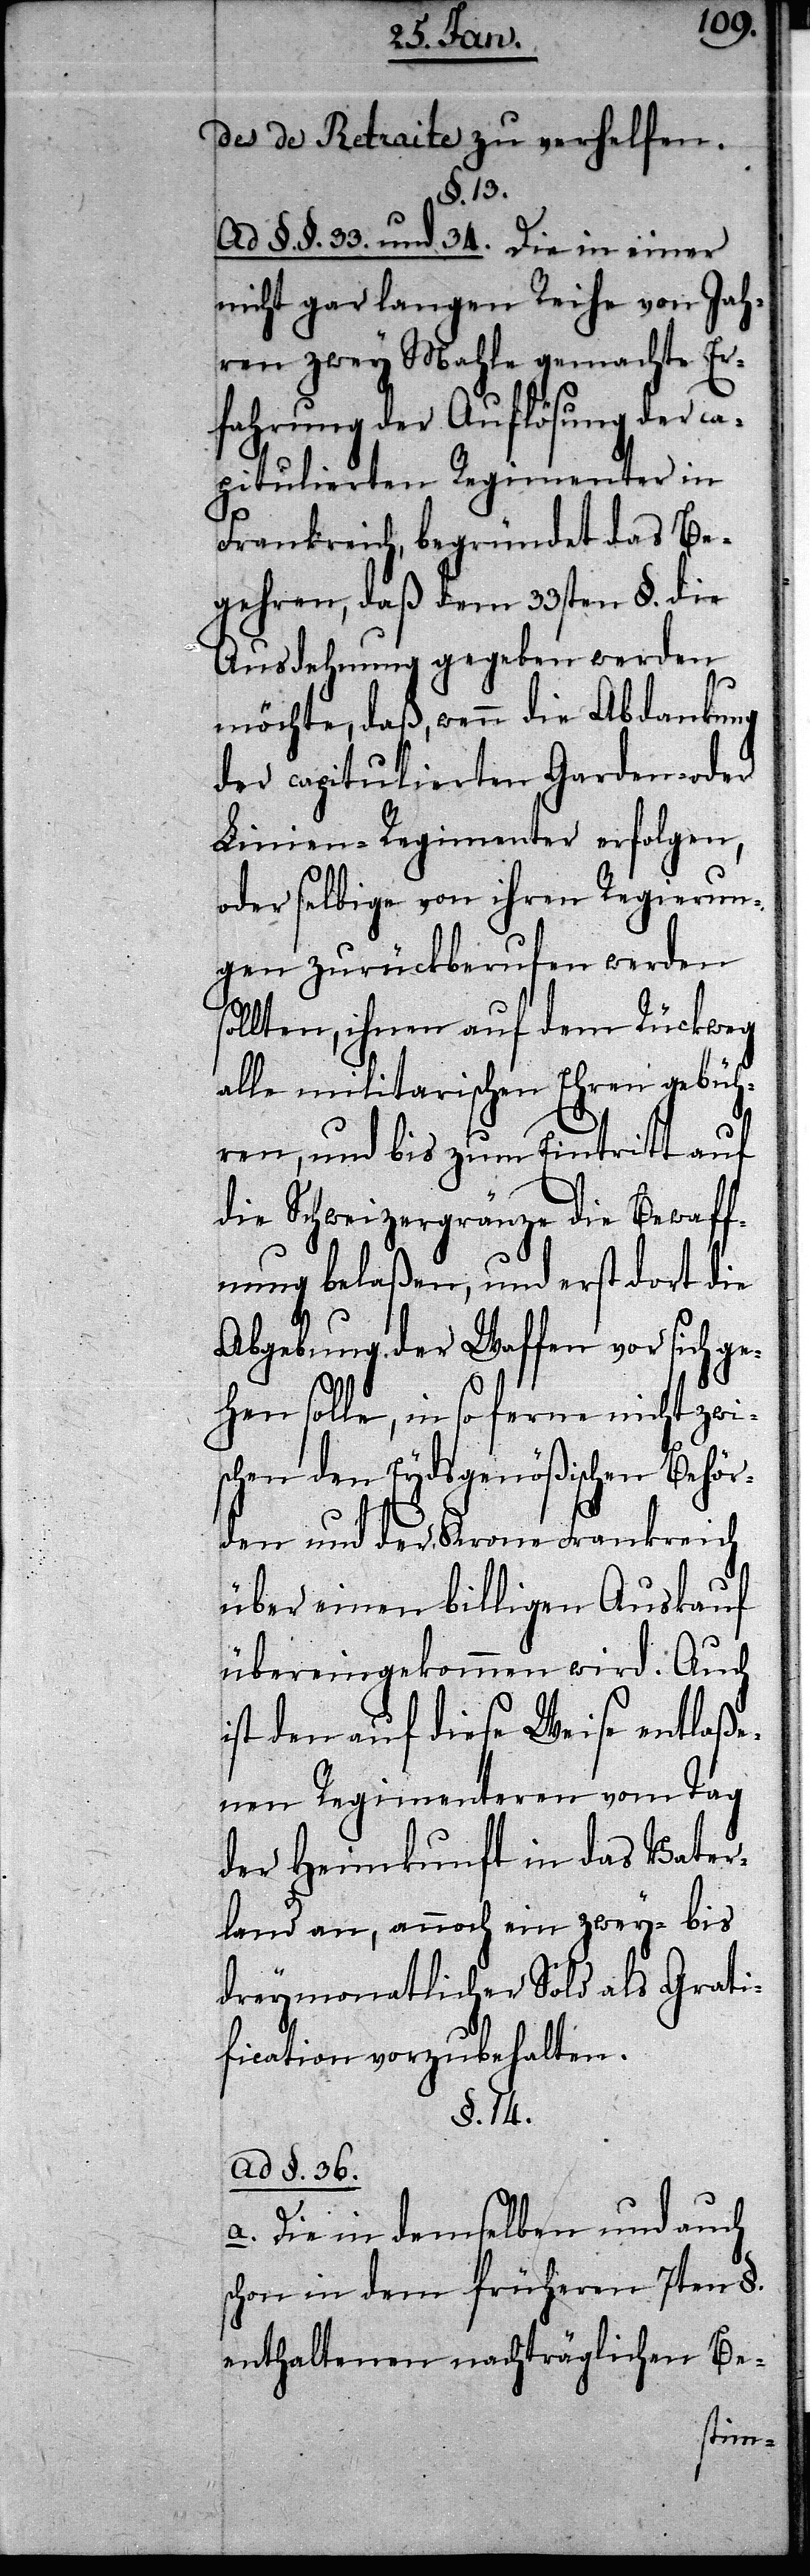
des de Retraite zu verhelfen.
§. 13.
Ad §§. 33. und 34. Die in einer
nicht gar langen Reihe von Jah¬
ren zwey Mahle gemachte Er¬
fahrung der Auflösung der ca¬
Linien Regimenter in
Frankreich, begründet das Be¬
gehren, daß dem 33sten §. die
Ausdehnung gegeben werden
möchte, daß, wenn die Abdankung
der capitulierten Garden
oder selbige von ihren Regierun¬
g zurückberufen werden
sollten, ihnen auf dem Rückweg
alle militarischen Ehren gebüh¬
ren, und bis zum Eintritt auf
die Schweizergränze die Bewaf¬
fnung belaßen, und erst dort die
Abgebung der Waffen vor sich ge¬
hen solle, in so ferne nicht zwi¬
schen den Eydsgenößischen Behör¬
den und der Krone Frankreich
über einen billigen Aufkauf
übereingekommen wird. Auch
ist den auf diese Weise entlaße¬
nen Regimenteren vom Tag
der Heimkunft in das Vater¬
land an, annoch ein zwey- bis
dreymonathlicher Sold als Grati¬
fication vorzubehalten.
§. 14.
Ad §. 36.
a. Die in demselben und auch
schon in dem früheren 7ten §.
enthaltenen nachträglichen Be-